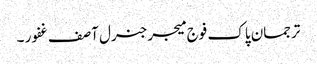
ترجمان پاک فوج میجرجنرل آصف غفور ۔